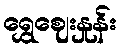
ရွှေဈေးနှုန်း